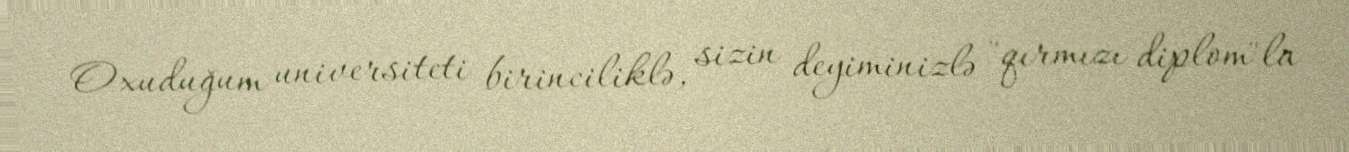
Oxuduğum universiteti birinciliklə, sizin deyiminizlə "qırmızı diplom"la